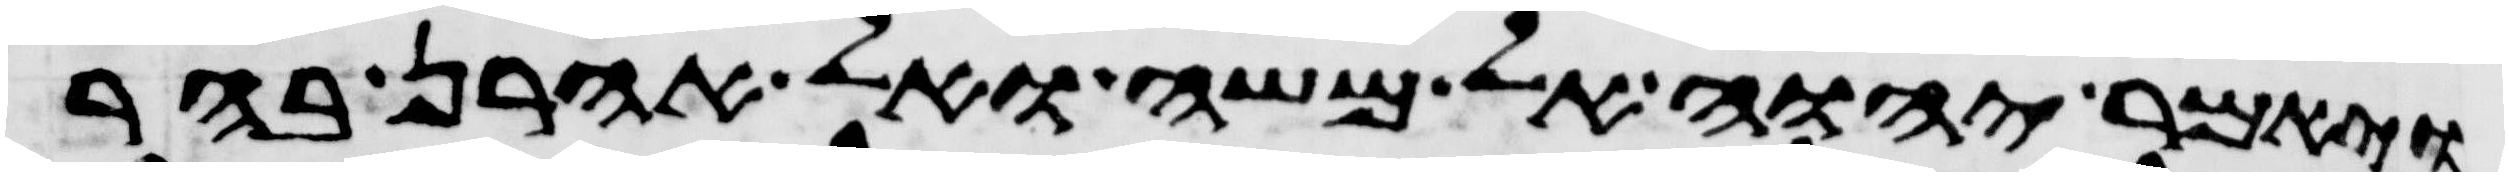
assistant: ויאמר יהוה אל משה ואל אהרן בהר